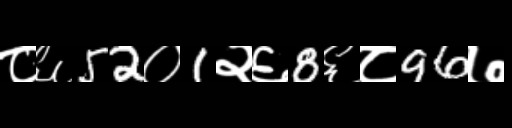
Text: ८६52०1२६8६८96७